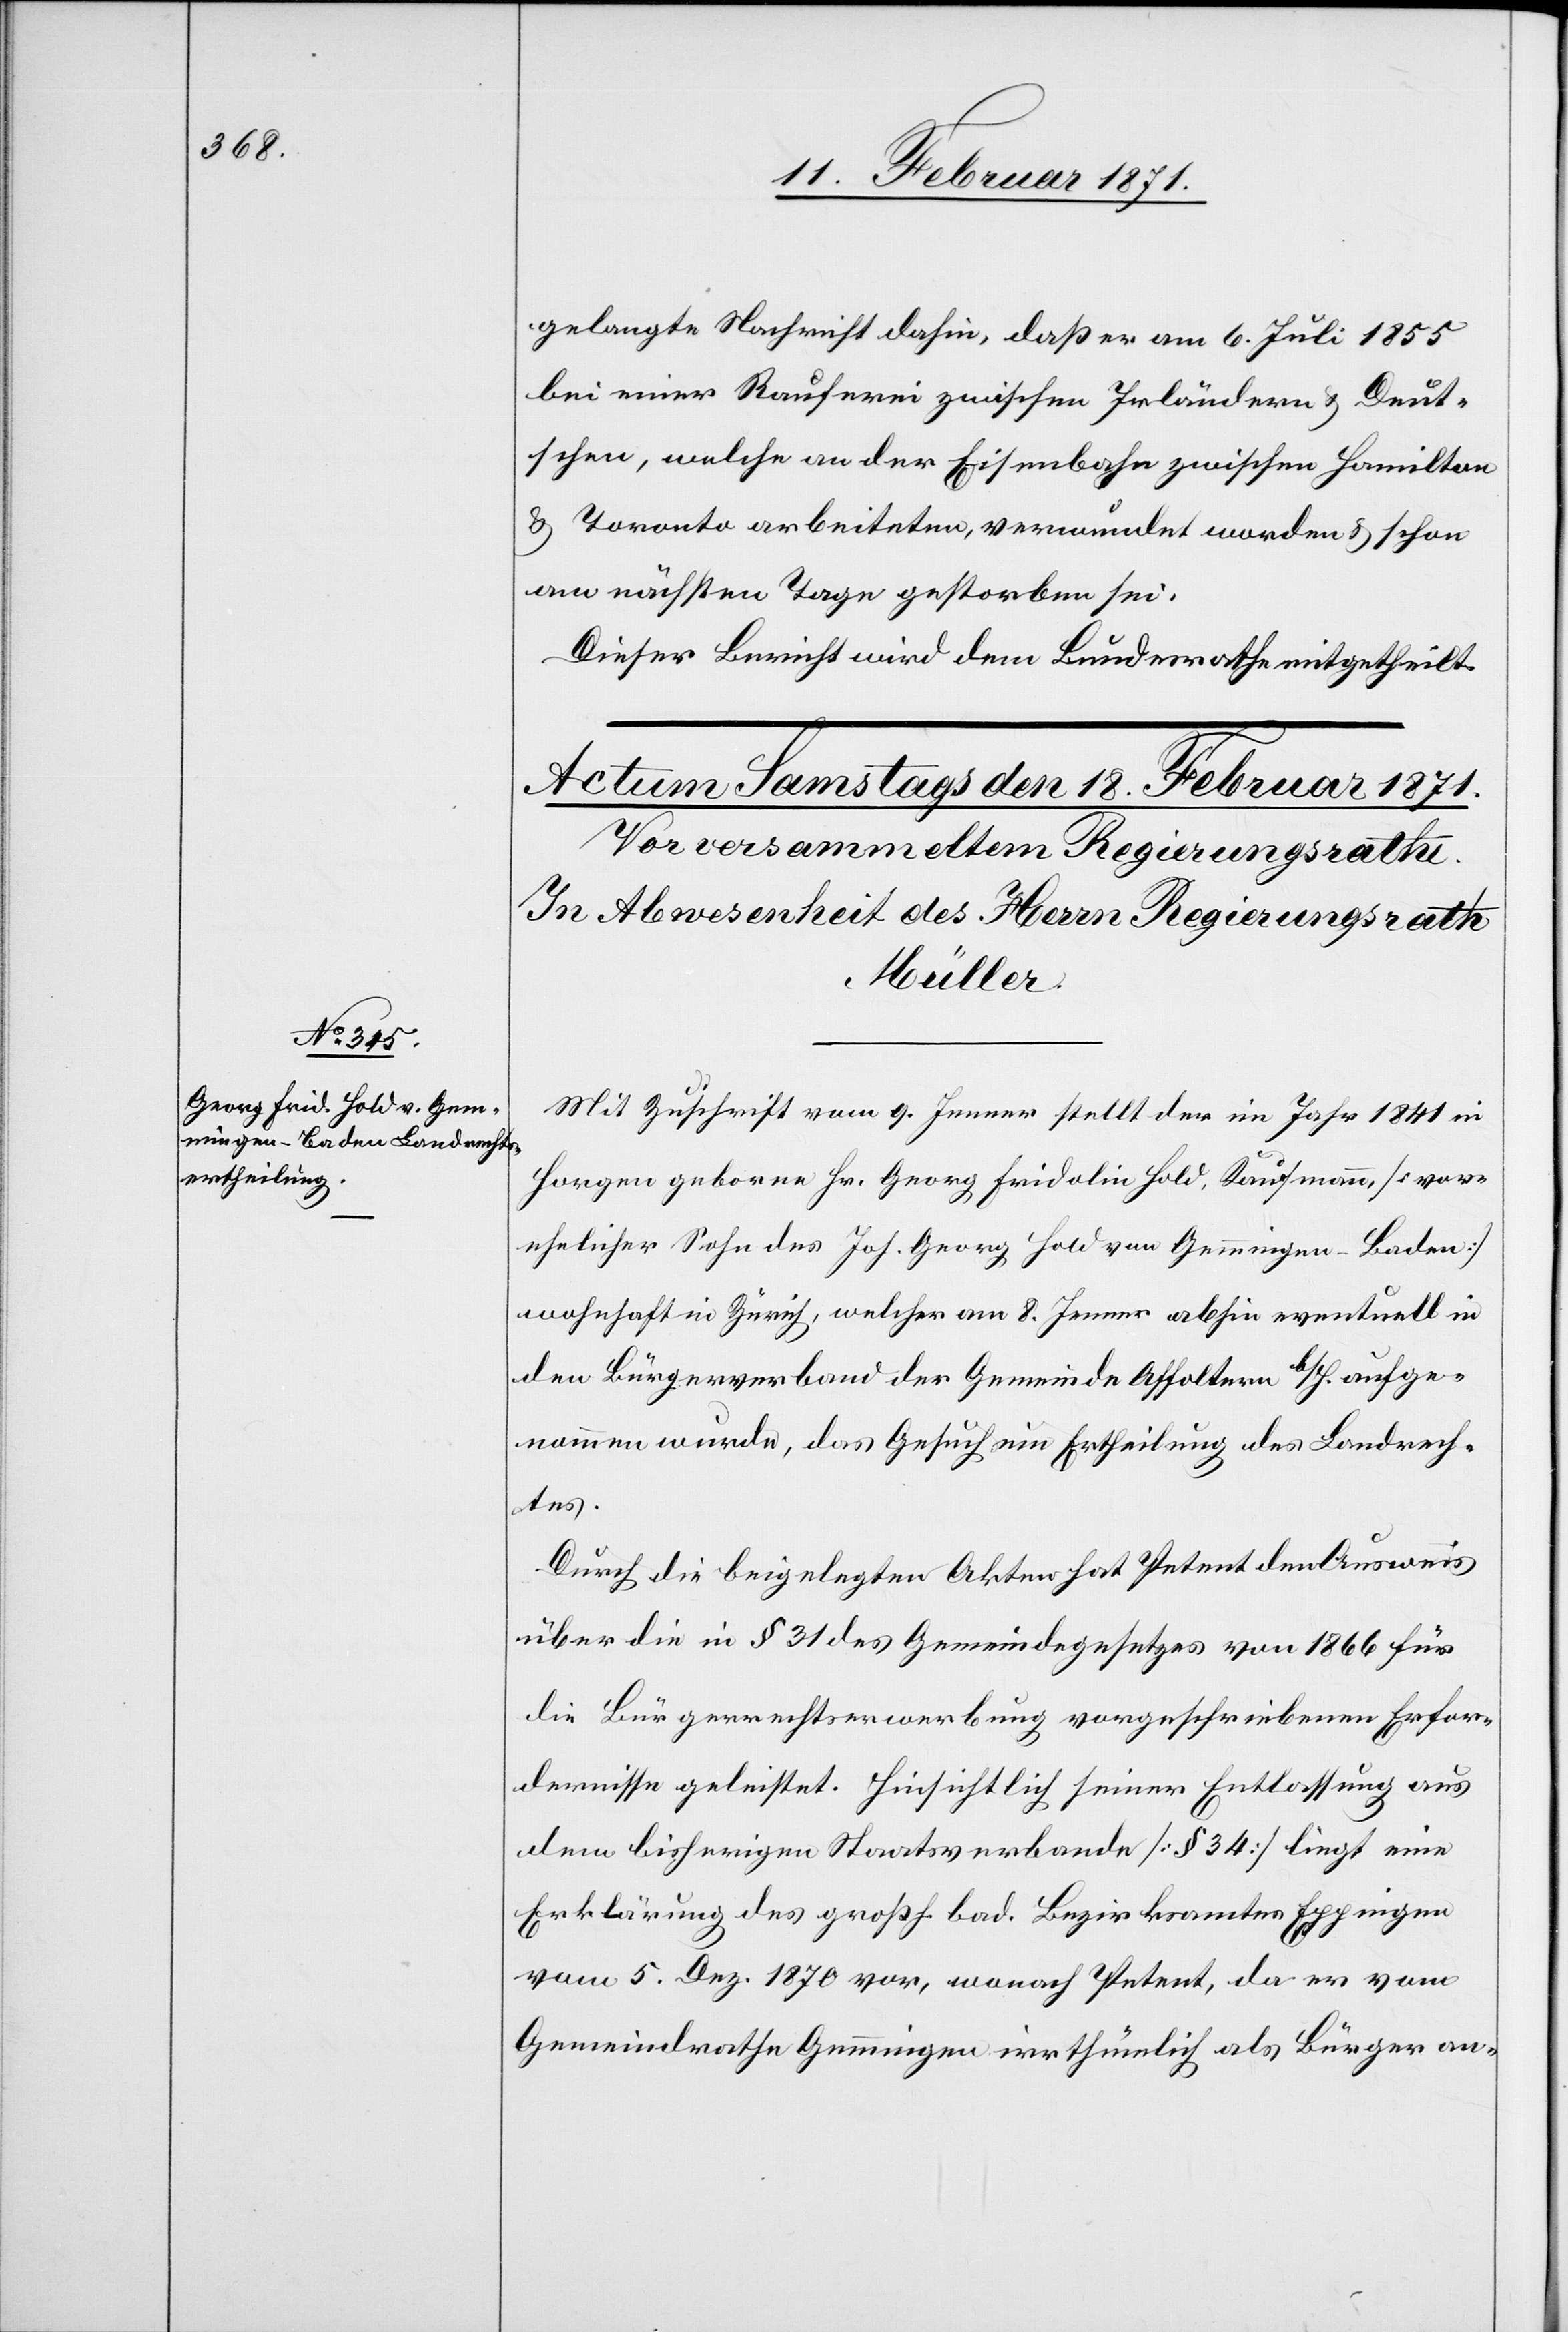
gelangte Nachricht dahin, daß er am 6. Juli 1855
bei einer Rauferei zwischen Irländern u. Deut¬
schen, welche an der Eisenbahn zwischen Hamilton
u. Toronto arbeiteten, verwundet worden u. schon
am nächsten Tage gestorben sei.
Dieser Bericht wird dem Bundesrathe mitgetheilt.